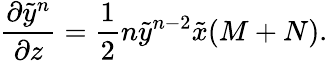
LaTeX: {\frac{\partial\tilde{y}^{n}}{\partial z}}={\frac{1}{2}}n\tilde{y}^{n-2}\tilde{x}(M+N).